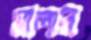
মালাব